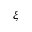
\xi